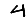
Digit: 4